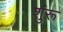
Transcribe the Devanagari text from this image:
शुंरू